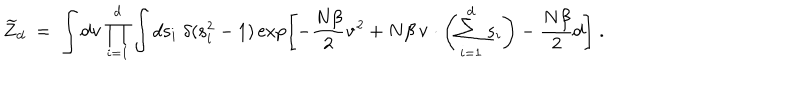
\widetilde { Z } _ { d } \; = \; \int d { \bf v } \prod _ { i = 1 } ^ { d } \int d { \bf s } _ { i } \; \delta ( { \bf s } _ { i } ^ { 2 } - 1 ) \exp \left[ - { \frac { N \beta } { 2 } } { \bf v } ^ { 2 } + N \beta \, { \bf v } \cdot \left( \sum _ { i = 1 } ^ { d } { \bf s } _ { i } \right) - { \frac { N \beta } { 2 } } d \right] \; .